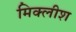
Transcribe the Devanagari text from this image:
मिक्लीश